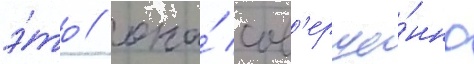
э́то / она́ сов'ерше́нно